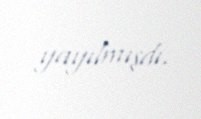
yayılmışdı.